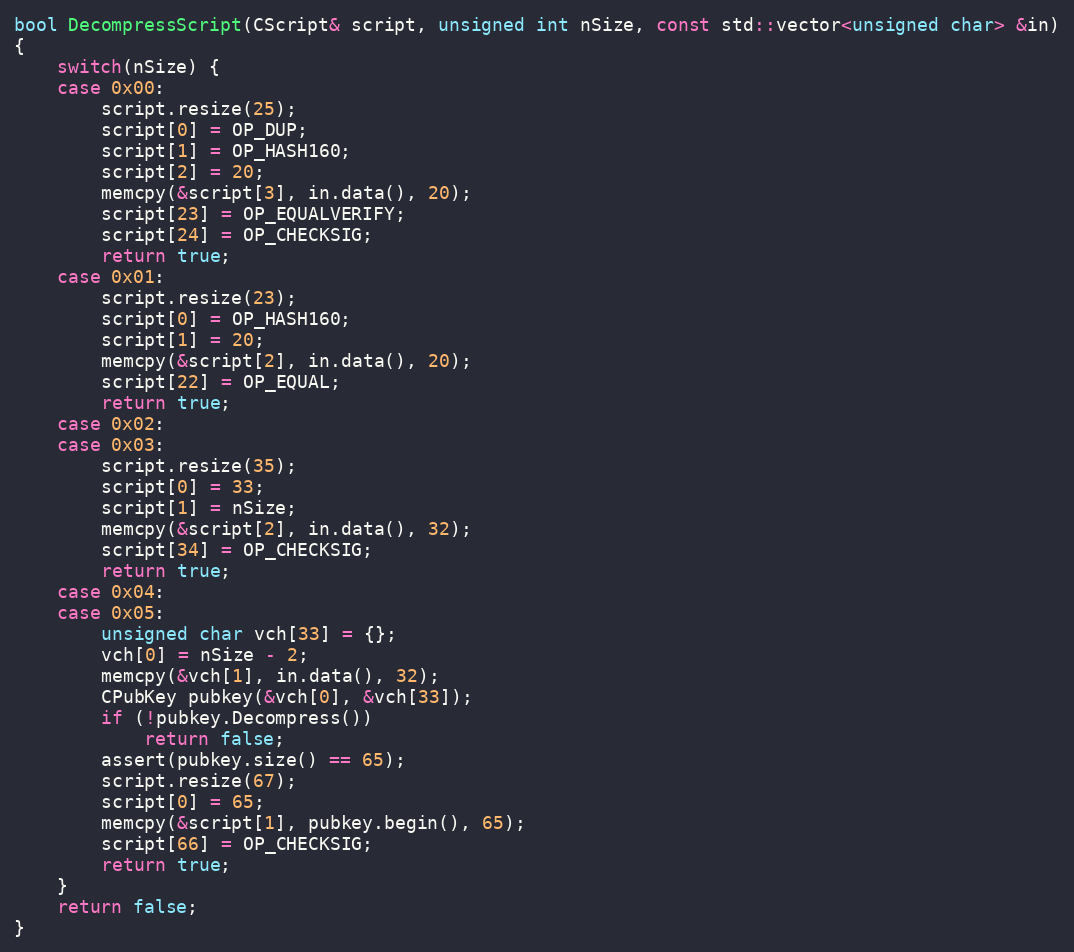
Language: C++
bool DecompressScript(CScript& script, unsigned int nSize, const std::vector<unsigned char> &in)
{
    switch(nSize) {
    case 0x00:
        script.resize(25);
        script[0] = OP_DUP;
        script[1] = OP_HASH160;
        script[2] = 20;
        memcpy(&script[3], in.data(), 20);
        script[23] = OP_EQUALVERIFY;
        script[24] = OP_CHECKSIG;
        return true;
    case 0x01:
        script.resize(23);
        script[0] = OP_HASH160;
        script[1] = 20;
        memcpy(&script[2], in.data(), 20);
        script[22] = OP_EQUAL;
        return true;
    case 0x02:
    case 0x03:
        script.resize(35);
        script[0] = 33;
        script[1] = nSize;
        memcpy(&script[2], in.data(), 32);
        script[34] = OP_CHECKSIG;
        return true;
    case 0x04:
    case 0x05:
        unsigned char vch[33] = {};
        vch[0] = nSize - 2;
        memcpy(&vch[1], in.data(), 32);
        CPubKey pubkey(&vch[0], &vch[33]);
        if (!pubkey.Decompress())
            return false;
        assert(pubkey.size() == 65);
        script.resize(67);
        script[0] = 65;
        memcpy(&script[1], pubkey.begin(), 65);
        script[66] = OP_CHECKSIG;
        return true;
    }
    return false;
}